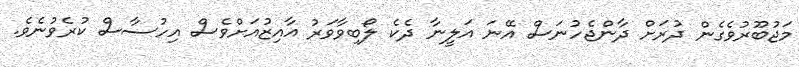
މަޖުބޫރުވެގެން ދުރަށް ދާންޖެހުނަސް އޭނަ އަލީނާ ދެކެ ލޯބިވާވަރު އާއިޒުއަށްވެސް އިހުސާސް ކުރެވުނެވެ.